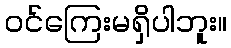
ဝင်ကြေးမရှိပါဘူး။